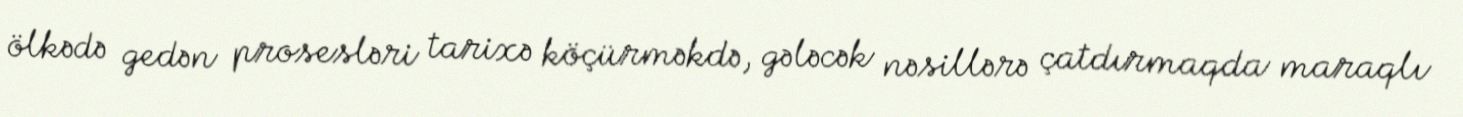
ölkədə gedən prosesləri tarixə köçürməkdə, gələcək nəsillərə çatdırmaqda maraqlı